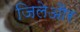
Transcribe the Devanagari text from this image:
जिलेऔर